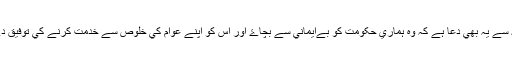
اللہ سے يہ بھي دعا ہے کہ وہ ہماري حکومت کو بےايماني سے بچاۓ اور اس کو اپنے عوام کي خلوص سے خدمت کرنے کي توفيق دے۔